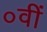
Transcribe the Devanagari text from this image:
०वीं